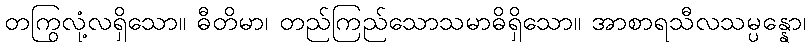
တကြွလုံ့လရှိသော။ ဓီတိမာ၊ တည်ကြည်သောသမာဓိရှိသော။ အာစာရသီလသမ္ပန္နော၊